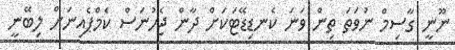
ނޫނީ ގާސިމް ނުވަތަ ތިން ވަނަ ކެނޑިޑޭޓަކަށް ދާން ޖެހުނަސް ކެމްޕެއިނަށް ލިބޭނީ